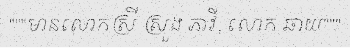
"""មានលោកស្រី ស្រួង ភាវី, លោក ឆាយ"""